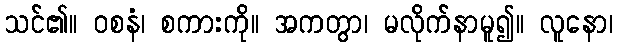
သင်၏။ ဝစနံ၊ စကားကို။ အကတွာ၊ မလိုက်နာမူ၍။ လူနော၊